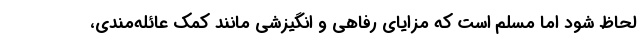
لحاظ شود اما مسلم است که مزایای رفاهی و انگیزشی مانند کمک عائله‌مندی،